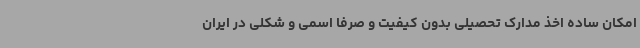
امکان ساده اخذ مدارک تحصیلی بدون کیفیت و صرفا اسمی و شکلی در ایران